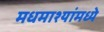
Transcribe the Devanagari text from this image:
मधमाश्यांमध्ये